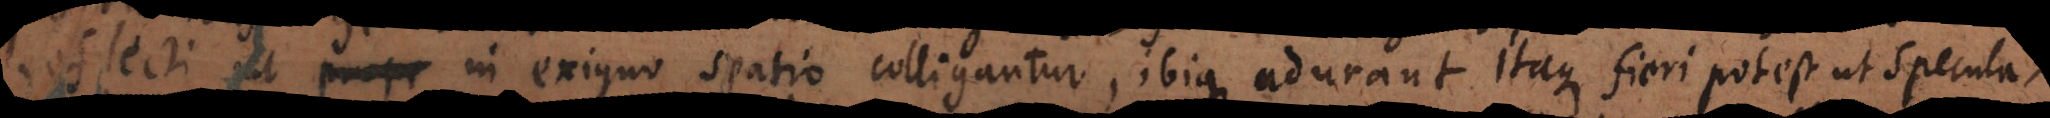
ropr in exiguo spatio colligantur, ibique adurant. Itaque fieri potest ut specula